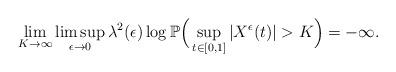
LaTeX: \begin{align*}\lim_{K\to\infty}\limsup_{\epsilon\to0}\lambda^2(\epsilon)\log\mathbb P\Big(\sup_{t\in[0,1]}|X^{\epsilon}(t)|>K\Big)=-\infty.\end{align*}